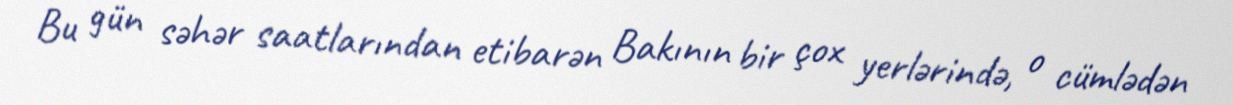
Bu gün səhər saatlarından etibarən Bakının bir çox yerlərində, o cümlədən